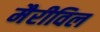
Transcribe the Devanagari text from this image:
मैरीविल